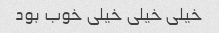
خیلی خیلی خیلی خوب بود